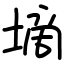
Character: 墑